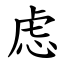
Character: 虑